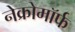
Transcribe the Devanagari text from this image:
नेक्रोमॉर्फ